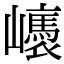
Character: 㠡